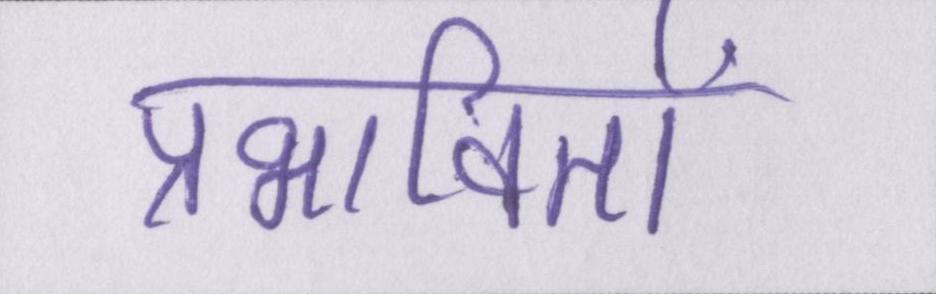
प्रभावितों